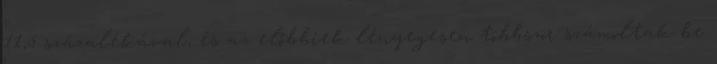
11,5 százalékával, és az előbbiek lényegesen többször számoltak be